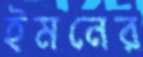
ইমনের